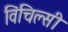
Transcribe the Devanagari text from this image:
विंचिल्सी